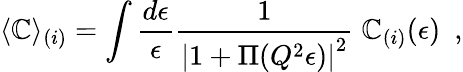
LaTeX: \langle\mathbb{C}\rangle_{(i)}=\int\frac{{d\epsilon}}{{\epsilon}}\frac{{1}}{{\left|1+\Pi(Q^{2}\epsilon)\right|^{2}}}\; {\cal\mathbb{C}}_{(i)}(\epsilon)~~,